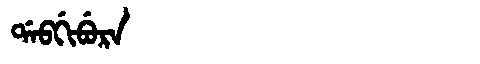
Manchu: ᡩᠠᠪᡤᡳᠪᡠᡵᠠ
Romanization: DABGIBURA